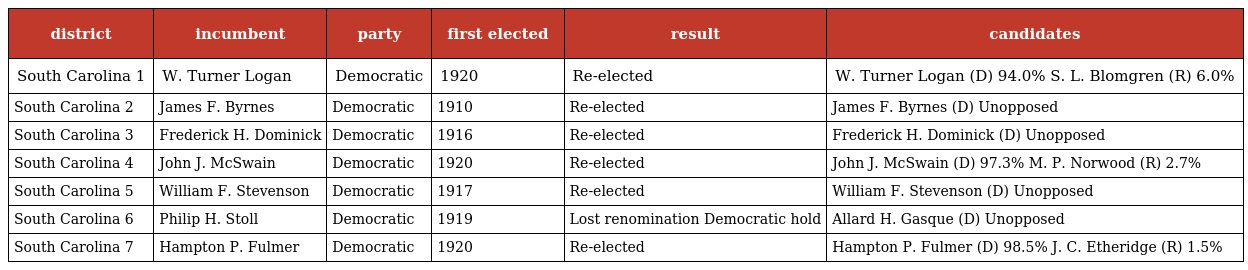
| district | incumbent | party | first elected | result | candidates |
 | --- | --- | --- | --- | --- | --- |
 | South Carolina 1 | W. Turner Logan | Democratic | 1920 | Re-elected | W. Turner Logan (D) 94.0% S. L. Blomgren (R) 6.0% |
 | South Carolina 2 | James F. Byrnes | Democratic | 1910 | Re-elected | James F. Byrnes (D) Unopposed |
 | South Carolina 3 | Frederick H. Dominick | Democratic | 1916 | Re-elected | Frederick H. Dominick (D) Unopposed |
 | South Carolina 4 | John J. McSwain | Democratic | 1920 | Re-elected | John J. McSwain (D) 97.3% M. P. Norwood (R) 2.7% |
 | South Carolina 5 | William F. Stevenson | Democratic | 1917 | Re-elected | William F. Stevenson (D) Unopposed |
 | South Carolina 6 | Philip H. Stoll | Democratic | 1919 | Lost renomination Democratic hold | Allard H. Gasque (D) Unopposed |
 | South Carolina 7 | Hampton P. Fulmer | Democratic | 1920 | Re-elected | Hampton P. Fulmer (D) 98.5% J. C. Etheridge (R) 1.5% |